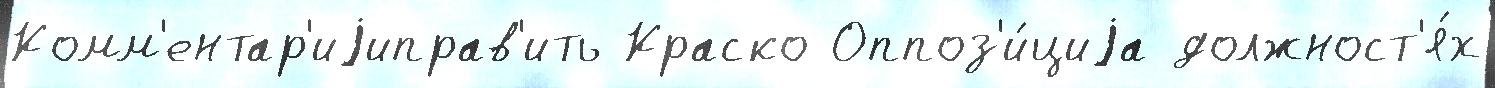
Комм'ентар'иjиправ'ить Краско Оппоз'и́циjа должност'я́х